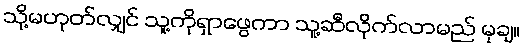
သို့မဟုတ်လျှင် သူ့ကိုရှာဖွေကာ သူ့ဆီလိုက်လာမည် မုချ။